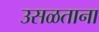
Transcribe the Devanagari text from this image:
उसळताना